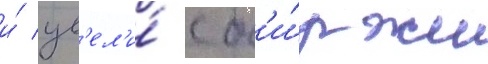
и́ ув'ел'и́ с б'и́ржи